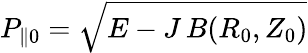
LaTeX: P_{\| 0}=\sqrt{E-J\, B(R_{0},Z_{0})}